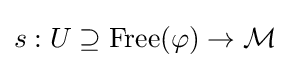
s:U\supseteq {\mbox{Free}}(\varphi )\rightarrow {\mathcal {M}}